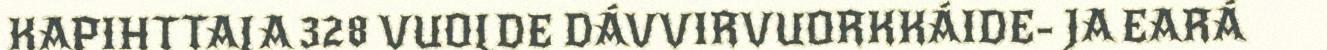
KAPIHTTALA 328 VUOLDE DÁVVIRVUORKKÁIDE- JA EARÁ